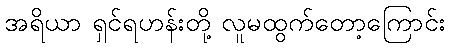
အရိယာ ရှင်ရဟန်းတို့ လူမထွက်တော့ကြောင်း